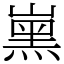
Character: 𡼡